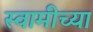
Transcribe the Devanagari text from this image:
स्‍वामीच्‍या